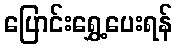
ပြောင်းရွှေ့ပေးရန်